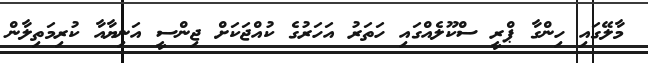
މާލޭގައި ހިންގާ ޕްރީ ސްކޫލެއްގައި ހަތަރު އަހަރުގެ ކުއްޖަކަށް ޖިންސީ އަނިޔާއާ ކުރިމަތިލާން